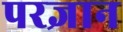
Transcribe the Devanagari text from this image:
परज्ञान